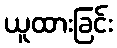
ယူထားခြင်း